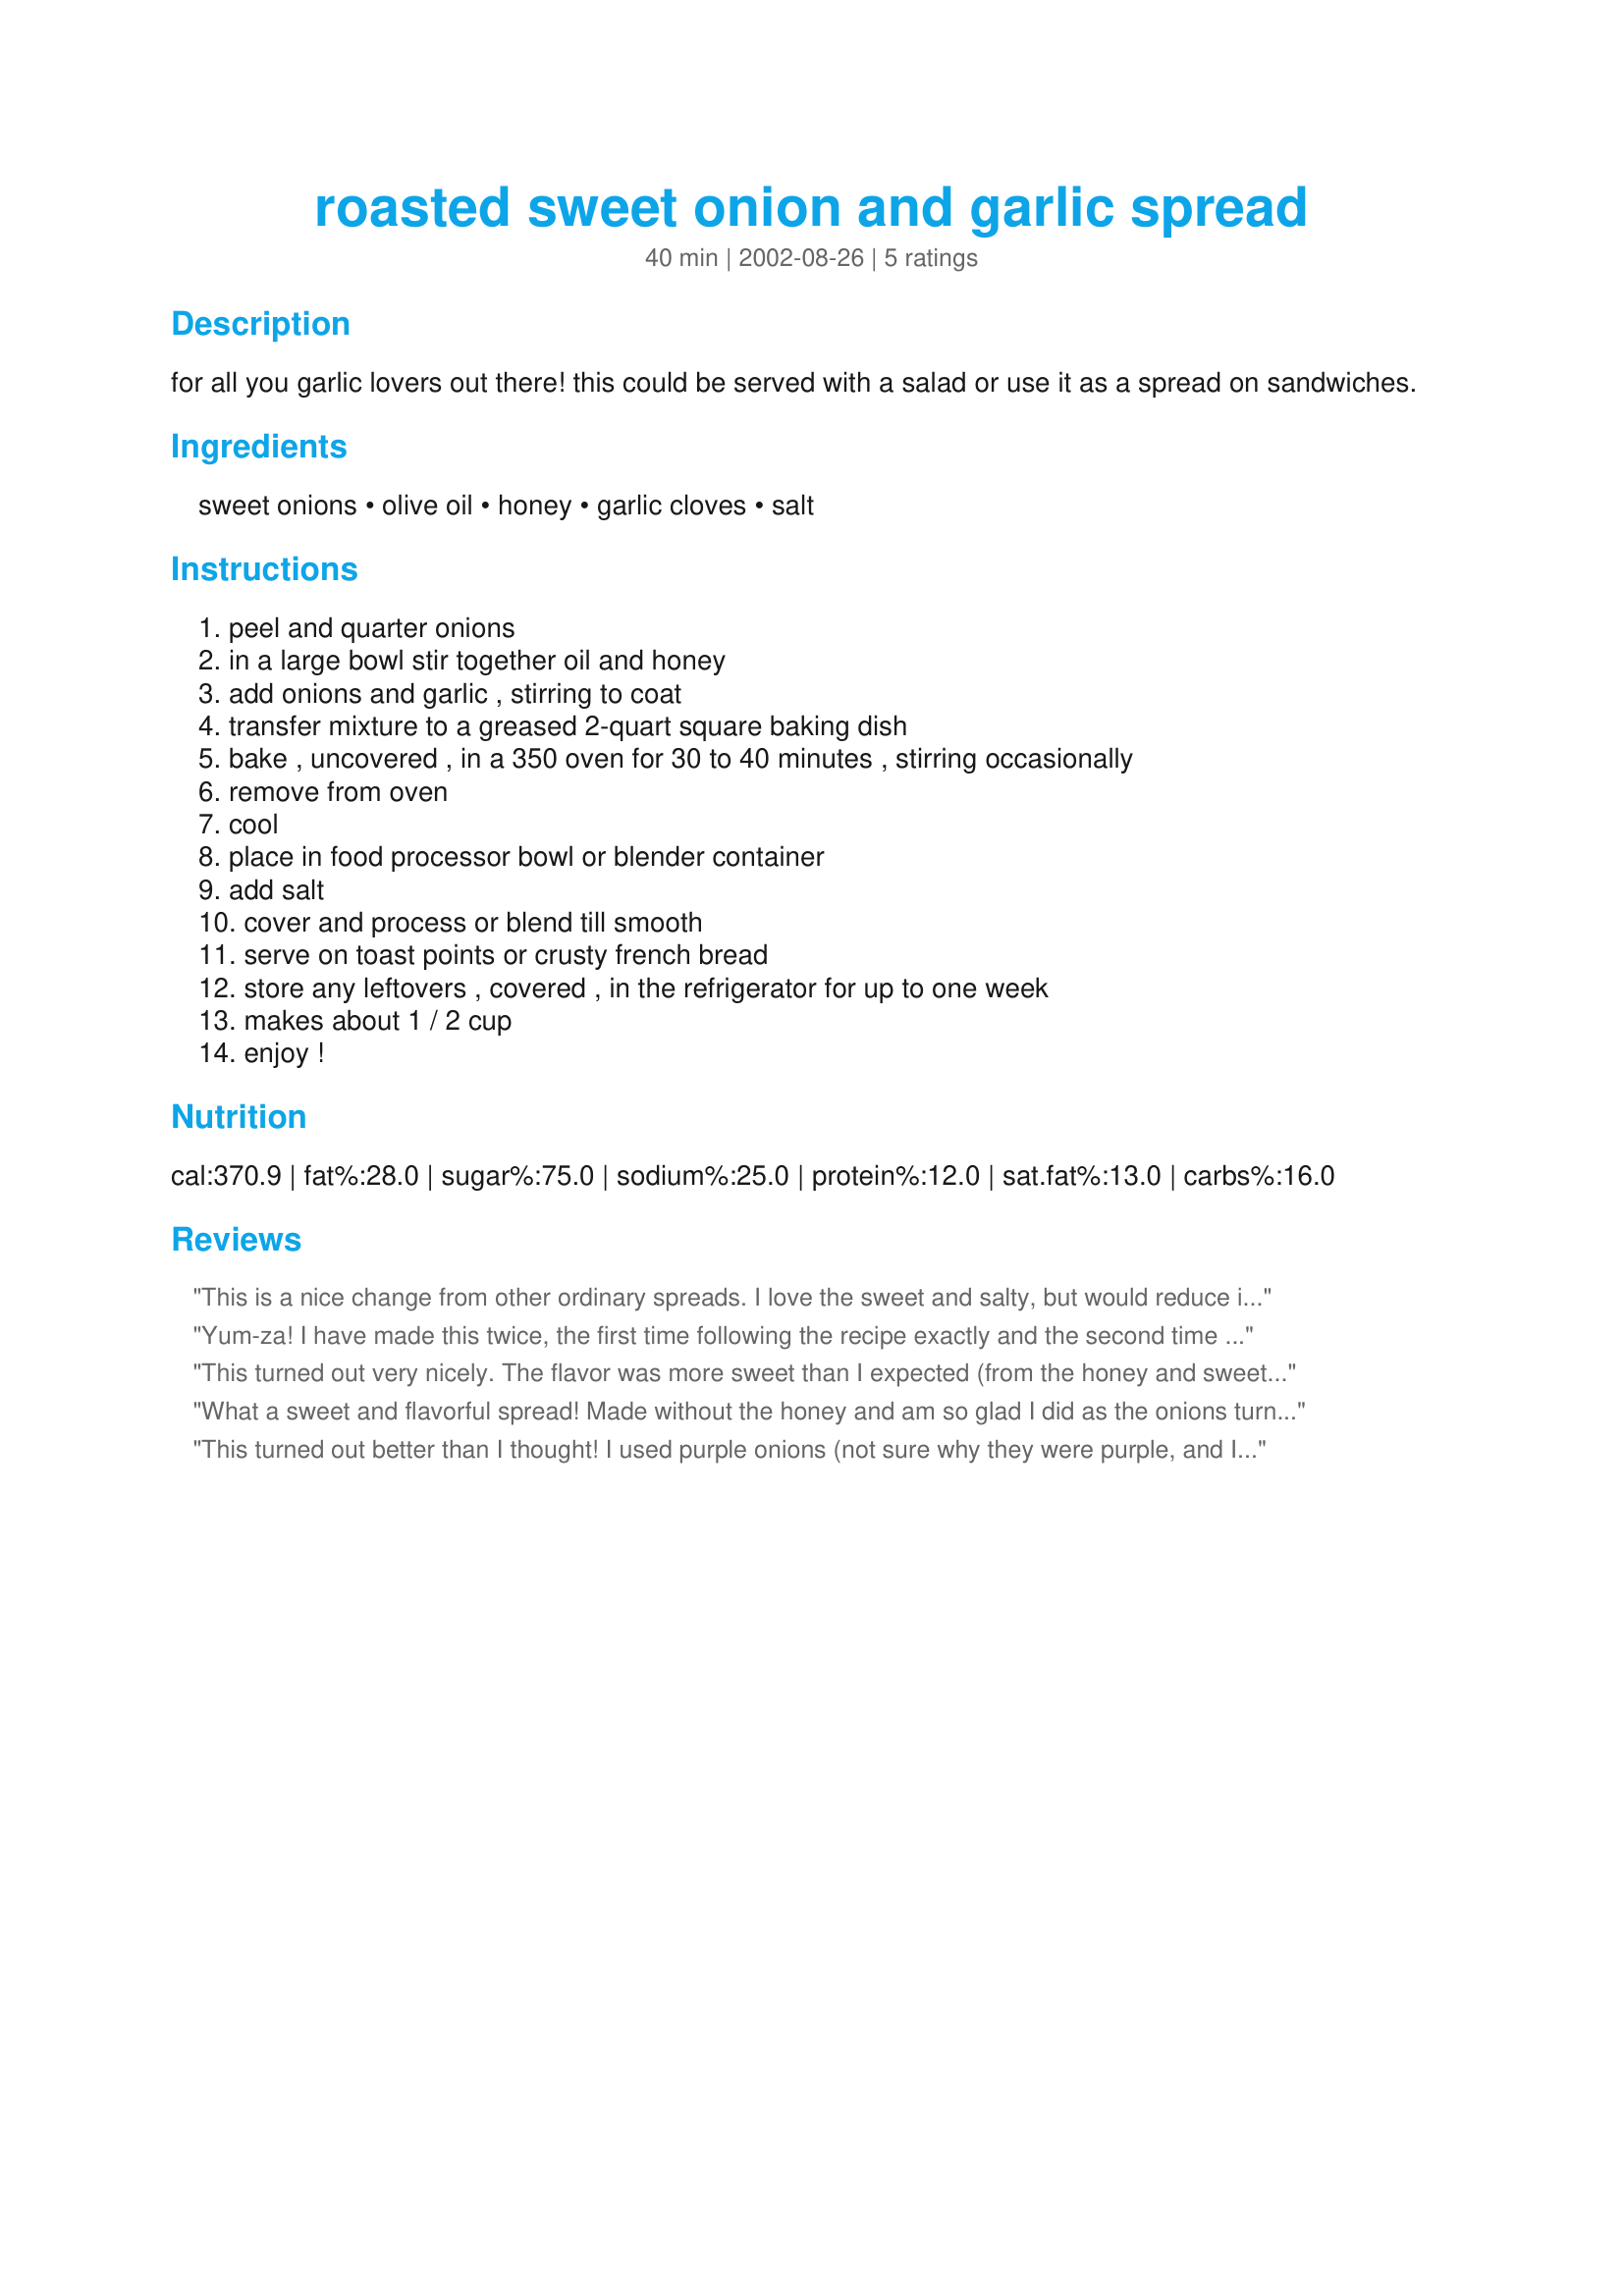
roasted sweet onion and garlic spread
Preparation time: 40 minutes

for all you garlic lovers out there! this could be served with a salad or use it as a spread on sandwiches.

Ingredients:
sweet onions, olive oil, honey, garlic cloves, salt

Steps:
peel and quarter onions, in a large bowl stir together oil and honey, add onions and garlic , stirring to coat, transfer mixture to a greased 2-quart square baking dish, bake , uncovered , in a 350 oven for 30 to 40 minutes , stirring occasionally, remove from oven, cool, place in food processor bowl or blender container, add salt, cover and process or blend till smooth, serve on toast points or crusty french bread, store any leftovers , covered , in the refrigerator for up to one week, makes about 1 / 2 cup, enjoy !

Reviews:
This is a nice change from other ordinary spreads. I love the sweet and salty, but would reduce if not omit the honey next time. A glass of red wine and great crusty bread served with this spread made my dinner tonight! Thank you for sharing :)
Yum-za! I have made this twice, the first time following the recipe exactly and the second time with the following changes: I used 2 Tablespoons olive oil with the onions and garlic. Also, I turned the oven to 375 and baked it one hour so the onions got slightly browned. These changes resulted in better flavor. I found that I absolutely loved this on buttered French bread. Thanks for posting this, I haven't seen another one like it.
This turned out very nicely. The flavor was more sweet than I expected (from the honey and sweet onions?) and I couldn't taste much garlic. I will definitely make this again, though next time try more garlic and maybe less honey or regular onions, though I'm sure other people will love the sweetness of it.
What a sweet and flavorful spread! Made without the honey and am so glad I did as the onions turn very sweet with the roasting. Was very tasty on roast beef sandwiches and am already planning on using the remaining on grilled veggies. Thanks for the post.
This turned out better than I thought! I used purple onions (not sure why they were purple, and I'm not even sure if they're what you call "sweet onions"!) and garlic powder, but like yogi, I couldn't really taste the garlic. Next time I'll probably reduce the honey, but otherwise, this recipe is great! Thanks Sharon, this was really easy.
